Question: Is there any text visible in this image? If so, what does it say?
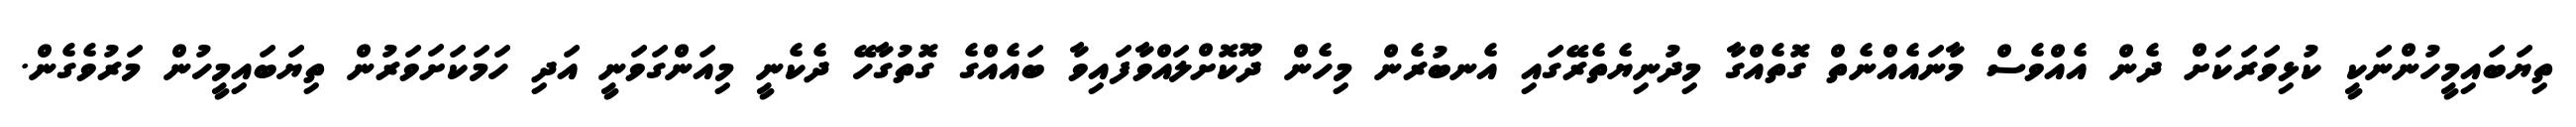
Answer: ތިޔަބައިމީހުންނަކީ ކުޅިވަރަކަށް ދެން އެއްވެސް މާނައެއްނެތް ގޮތެއްގާ މިދުނިޔެތެރޭގައި އެނބުރެން މިހެން ދޫކޮށްލައްވާފައިވާ ބައެއްގެ ގޮތުގާހޭ ދެކެނީ މިއަންގަވަނީ އަދި ހަމަކަށަވަރުން ތިޔަބައިމީހުން މަރުވެގެން.